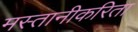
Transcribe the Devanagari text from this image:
मस्तानीकरिता